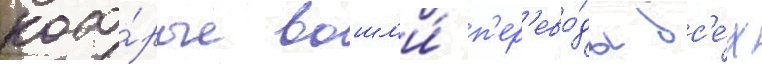
кото́рые вошл'и́ п'ер'ево́ды вс'е́х